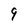
Character: 9